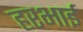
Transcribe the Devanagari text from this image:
हरभाई